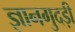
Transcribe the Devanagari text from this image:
ज्ञानगुदड़ी